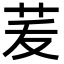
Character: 𦭞